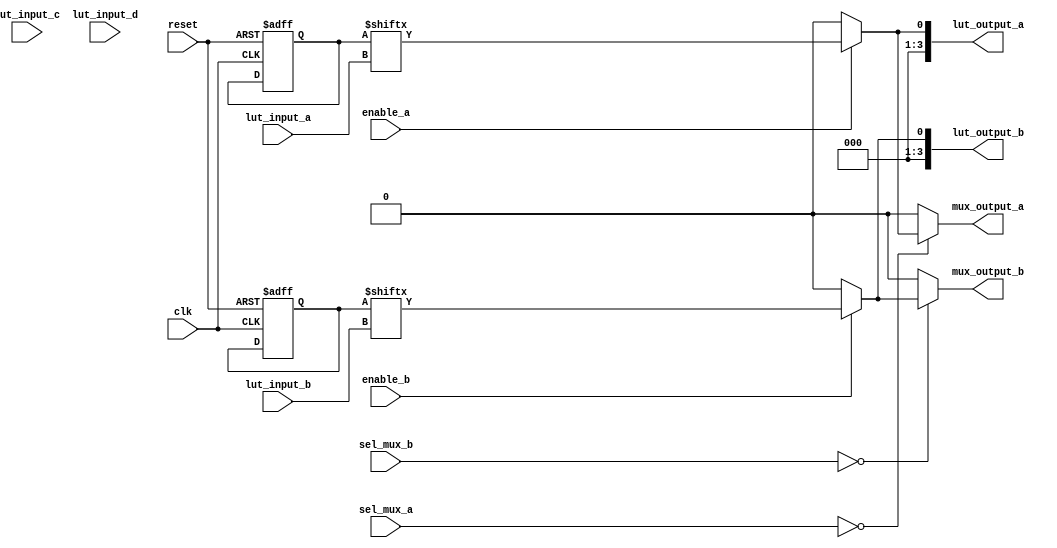
module CLB (
    input wire [3:0] lut_input_a,  // Inputs for LUT A
    input wire [3:0] lut_input_b,  // Inputs for LUT B
    input wire [3:0] lut_input_c,  // Inputs for LUT C
    input wire [3:0] lut_input_d,  // Inputs for LUT D
    input wire [1:0] sel_mux_a,     // Select lines for MUX A
    input wire [1:0] sel_mux_b,     // Select lines for MUX B
    input wire enable_a,             // Enable signal for LUT A
    input wire enable_b,             // Enable signal for LUT B
    input wire clk,                  // Clock input
    input wire reset,                // Reset input
    output wire [3:0] lut_output_a,  // Output for LUT A
    output wire [3:0] lut_output_b,  // Output for LUT B
    output wire mux_output_a,        // Output for MUX A
    output wire mux_output_b         // Output for MUX B
);

// Look-Up Table (LUT) A
reg [15:0] lut_a; // 4-input LUT can represent 16 different combinations
always @(*) begin
    if (enable_a) begin
        lut_output_a = lut_a[{lut_input_a[3], lut_input_a[2], lut_input_a[1], lut_input_a[0]}];
    end else begin
        lut_output_a = 4'b0000; // Default output when disabled
    end
end

// Look-Up Table (LUT) B
reg [15:0] lut_b; // 4-input LUT can represent 16 different combinations
always @(*) begin
    if (enable_b) begin
        lut_output_b = lut_b[{lut_input_b[3], lut_input_b[2], lut_input_b[1], lut_input_b[0]}];
    end else begin
        lut_output_b = 4'b0000; // Default output when disabled
    end
end

// Multiplexer for LUT A output
assign mux_output_a = (sel_mux_a == 2'b00) ? lut_output_a[0] :
                      (sel_mux_a == 2'b01) ? lut_output_a[1] :
                      (sel_mux_a == 2'b10) ? lut_output_a[2] :
                      lut_output_a[3]; // Default case

// Multiplexer for LUT B output
assign mux_output_b = (sel_mux_b == 2'b00) ? lut_output_b[0] :
                      (sel_mux_b == 2'b01) ? lut_output_b[1] :
                      (sel_mux_b == 2'b10) ? lut_output_b[2] :
                      lut_output_b[3]; // Default case

// Configuration memory initialization (example)
initial begin
    // Example configuration for LUT A
    lut_a = 16'b1010101010101010; // Example truth table for LUT A
    // Example configuration for LUT B
    lut_b = 16'b1100110011001100; // Example truth table for LUT B
end

// Reset logic (optional)
always @(posedge clk or posedge reset) begin
    if (reset) begin
        lut_a <= 16'b0; // Reset LUT A
        lut_b <= 16'b0; // Reset LUT B
    end
end

endmodule